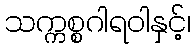
သက္ကစ္စဂါရဝါနှင့်၊